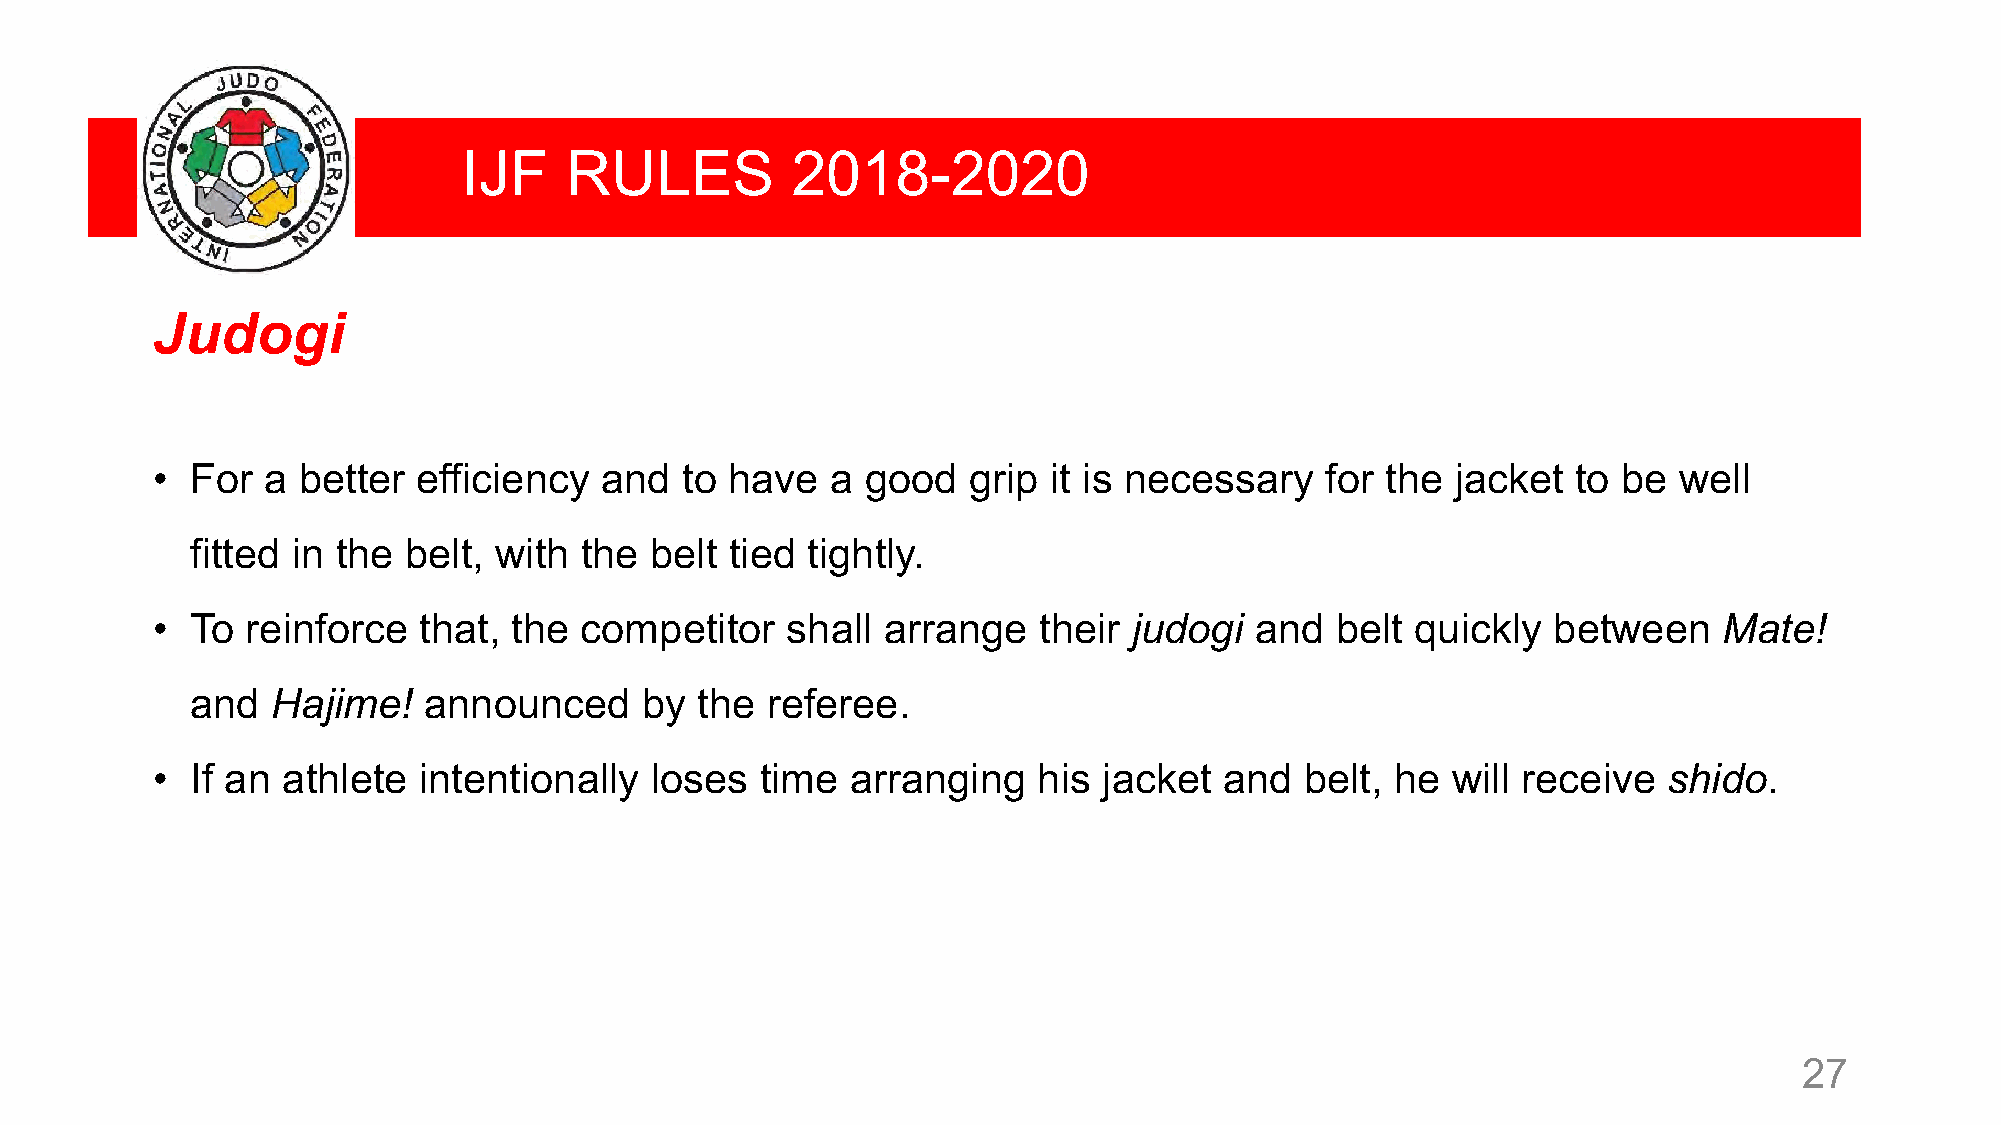
IJF   RULES          2018-2020
 Judogi
 •  For a  better  efficiency  and  to have   a good   grip it is necessary    for the jacket  to be  well
 fitted in the belt, with the  belt tied tightly.
 •  To reinforce   that, the competitor    shall arrange    their judogi  and  belt  quickly  between    Mate!
 and  Hajime!   announced     by  the  referee.
 •  If an athlete  intentionally  loses  time  arranging    his jacket  and  belt, he  will receive  shido.
 27